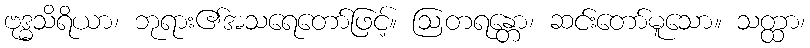
ဗုဒ္ဓသိရိယာ၊ ဘုရား၏အသရေတော်ဖြင့်။ ဩတရန္တော၊ ဆင်းတော်မူသော။ သတ္ထာ၊